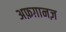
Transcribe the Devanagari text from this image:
अफ़ग़ानज़